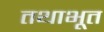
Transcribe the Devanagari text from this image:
तथाभूत